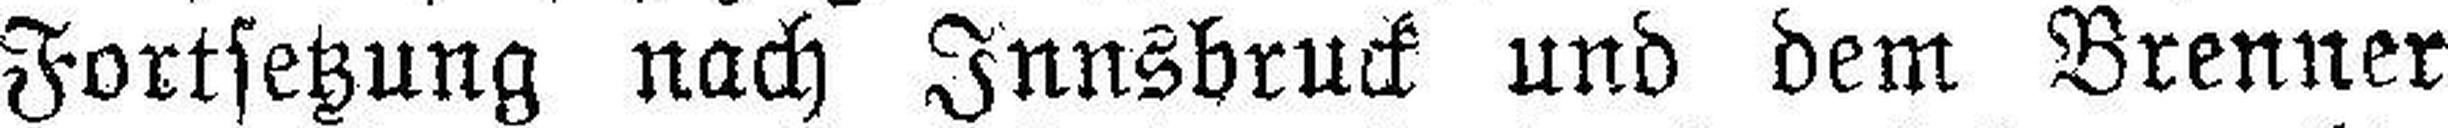
Fortsetzung nach Innsbruck und dem Brenner